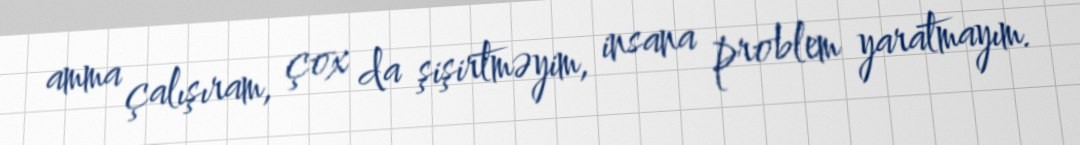
amma çalışıram, çox da şişirtməyim, insana problem yaratmayım.